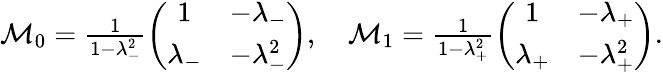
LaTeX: \begin{array}{r}{{\mathcal M}_{0}=\frac{1}{1-\lambda_{-}^{2}}\left(\begin{array}{cc}{1}&{-\lambda_{-}}\\ {\lambda_{-}}&{-\lambda_{-}^{2}}\end{array}\right),\quad{\mathcal M}_{1}=\frac{1}{1-\lambda_{+}^{2}}\left(\begin{array}{cc}{1}&{-\lambda_{+}}\\ {\lambda_{+}}&{-\lambda_{+}^{2}}\end{array}\right).}\end{array}